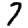
Digit: 7